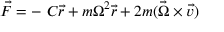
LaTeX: { \vec { F } } = - \ C { \vec { r } } + m \Omega ^ { 2 } { \vec { r } } + 2 m ( { \vec { \Omega } } \times { \vec { v } } )